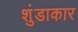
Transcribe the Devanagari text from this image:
शुंडाकार